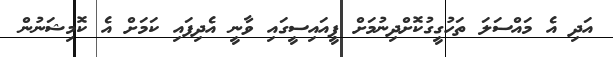
އަދި އެ މައްސަލަ ތަހުގީގުކޮށްދިނުމަށް ޕީއައިސީގައި ވާނީ އެދިފައި ކަމަށް އެ ކޮމިޝަނުން